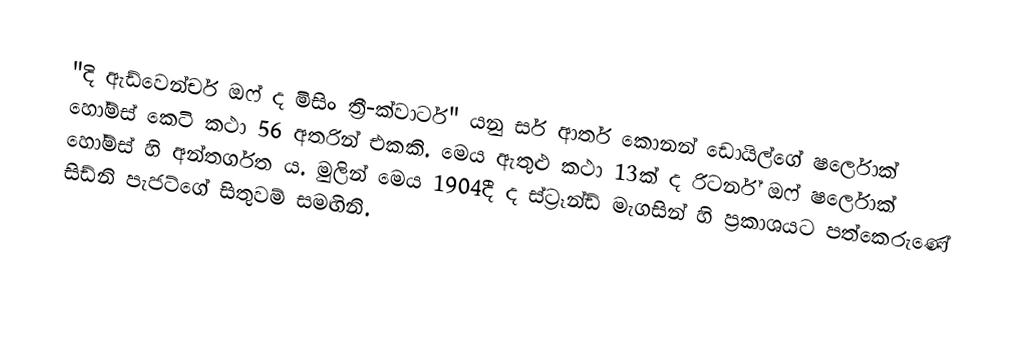
"දි ඇඩ්වෙන්චර් ඔෆ් ද මිසිං ත්‍රී-ක්වාටර්" යනු සර් ආතර් කොනන් ඩොයිල්ගේ ෂර්ලොක් හෝම්ස් කෙටි කථා 56 අතරින් එකකි. මෙය ඇතුළු කථා 13ක් ද රිටර්න් ඔෆ් ෂර්ලොක් හෝම්ස් හි අන්තර්ගත ‍ය. මුලින් මෙය 1904දී ද ස්ට්‍රෑන්ඩ් මැගසින් හි ප්‍රකාශයට පත්කෙරුණේ සිඩ්නි පැජට්ගේ සිතුවම් සමඟිනි.